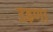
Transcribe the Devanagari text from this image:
उड़णा